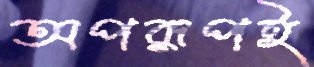
অপরূপই